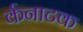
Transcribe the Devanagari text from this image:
र्कनाटक